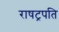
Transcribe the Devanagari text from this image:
राषट्रपति